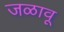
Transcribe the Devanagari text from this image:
जळावू